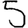
Digit: 5